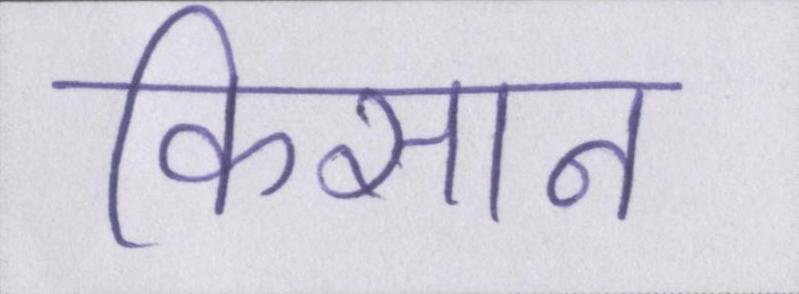
किसान